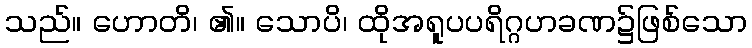
သည်။ ဟောတိ၊ ၏။ သောပိ၊ ထိုအရူပပရိဂ္ဂဟခဏ၌ဖြစ်သော